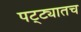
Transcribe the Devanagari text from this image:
पट्ट्यातच